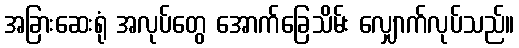
အခြားဆေးရုံ အလုပ်တွေ အောက်ခြေသိမ်း လျှောက်လုပ်သည်။